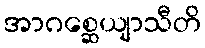
အာဂစ္ဆေယျာသီတိ